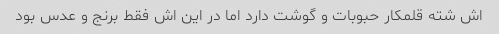
اش شته قلمکار حبوبات و گوشت دارد اما در این اش فقط برنج و عدس بود